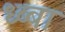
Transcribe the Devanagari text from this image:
ध्ब्बा